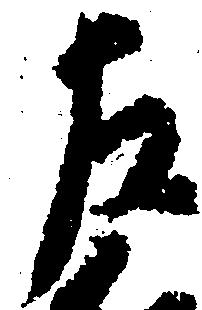
左